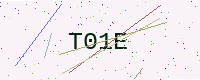
Text: T01E